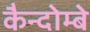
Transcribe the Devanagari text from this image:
कैन्दोम्बे